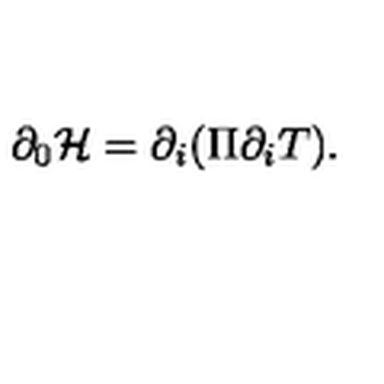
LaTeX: \partial _ { 0 } { \cal H } = \partial _ { i } ( \Pi \partial _ { i } T ) .